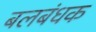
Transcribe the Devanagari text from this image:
बलबंधक